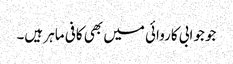
جو جوابی کاروائی میں بھی کافی ماہر ہیں۔